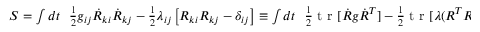
\begin{array} { r } { S = \int d t ~ ~ \frac 1 2 g _ { i j } \dot { R } _ { k i } \dot { R } _ { k j } - \frac 1 2 \lambda _ { i j } \left[ R _ { k i } R _ { k j } - \delta _ { i j } \right] \equiv \int d t ~ ~ \frac 1 2 \mathrm { ~ t ~ r ~ } [ { \dot { R } g \dot { R } ^ { T } ] - \frac 1 2 \mathrm { ~ t ~ r ~ } [ \lambda ( R ^ { T } R - { \bf 1 } ) } ] , } \end{array}